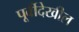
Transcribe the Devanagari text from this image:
पूर्वीदेखील